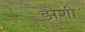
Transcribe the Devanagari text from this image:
डोशी